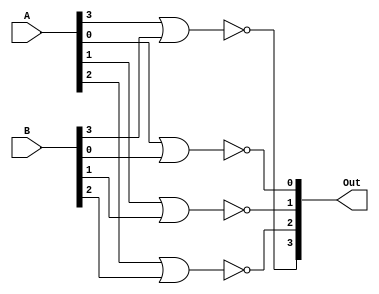
module ttl7402(Out, A, B);
    output [3:0] Out;
    input [3:0] A;
    input [3:0] B;

    // Motorola 74LS02 datasheets
    nor #(0:10:15) (Out[0], A[0], B[0]);
    nor #(0:10:15) (Out[1], A[1], B[1]);
    nor #(0:10:15) (Out[2], A[2], B[2]);
    nor #(0:10:15) (Out[3], A[3], B[3]);
endmodule